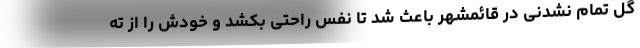
گل تمام نشدنی در قائمشهر باعث شد تا نفس راحتی بکشد و خودش را از ته